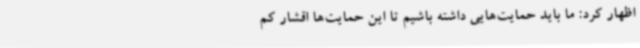
اظهار کرد: ما باید حمایت‌هایی داشته باشیم تا این حمایت‌ها اقشار کم